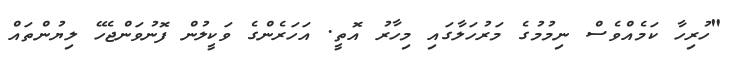
"ހުރިހާ ކަމެއްވެސް ނިމުމުގެ މަރުހަލާގައި މިހާރު އޮތީ. އަހަރެންގެ ވަކީލުން ފޮނުވަންޖެހޭ ލިޔުންތައް